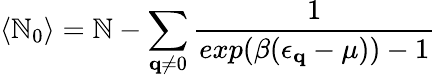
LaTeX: \langle\mathbb{N}_{0}\rangle=\mathbb{N}-\sum_{{\mathbf{{q}}}\neq0}\frac{{1}}{{exp(\beta(\epsilon_{{\mathbf{{q}}}}-\mu))-1}}